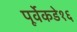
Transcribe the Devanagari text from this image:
पूर्वेकडे१६